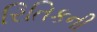
રિતિકની